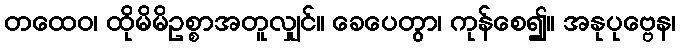
တထေဝ၊ ထိုမိမိဥစ္စာအတူလျှင်။ ခေပေတွာ၊ ကုန်စေ၍။ အနုပုဗ္ဗေန၊